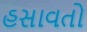
હસાવતો